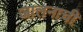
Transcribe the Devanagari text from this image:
जालनाची